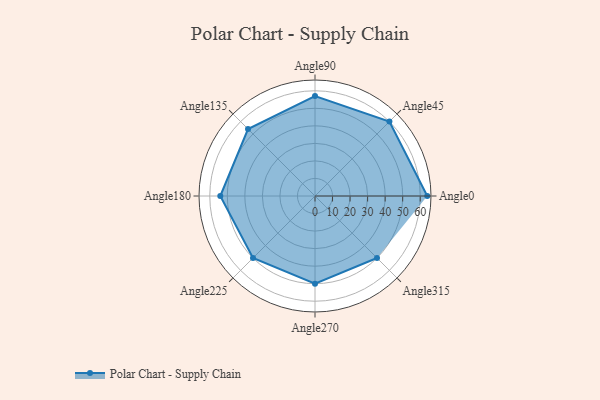
{"axis": {"x": "Angle", "y": "Radius"}, "legend": [""], "data": [{"x": "Angle0", "y": 64.0, "type": ""}, {"x": "Angle45", "y": 60.0, "type": ""}, {"x": "Angle90", "y": 57.0, "type": ""}, {"x": "Angle135", "y": 54.0, "type": ""}, {"x": "Angle180", "y": 54.0, "type": ""}, {"x": "Angle225", "y": 50, "type": ""}, {"x": "Angle270", "y": 50, "type": ""}, {"x": "Angle315", "y": 50, "type": ""}]}